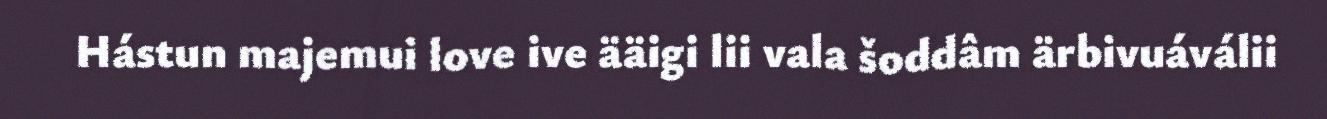
Hástun majemui love ive ääigi lii vala šoddâm ärbivuáválii